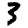
Digit: 3